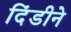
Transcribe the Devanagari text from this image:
दिंडीने